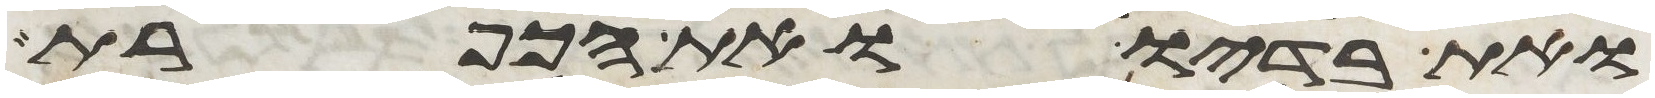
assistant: ואת בדיו ואת הכפרת